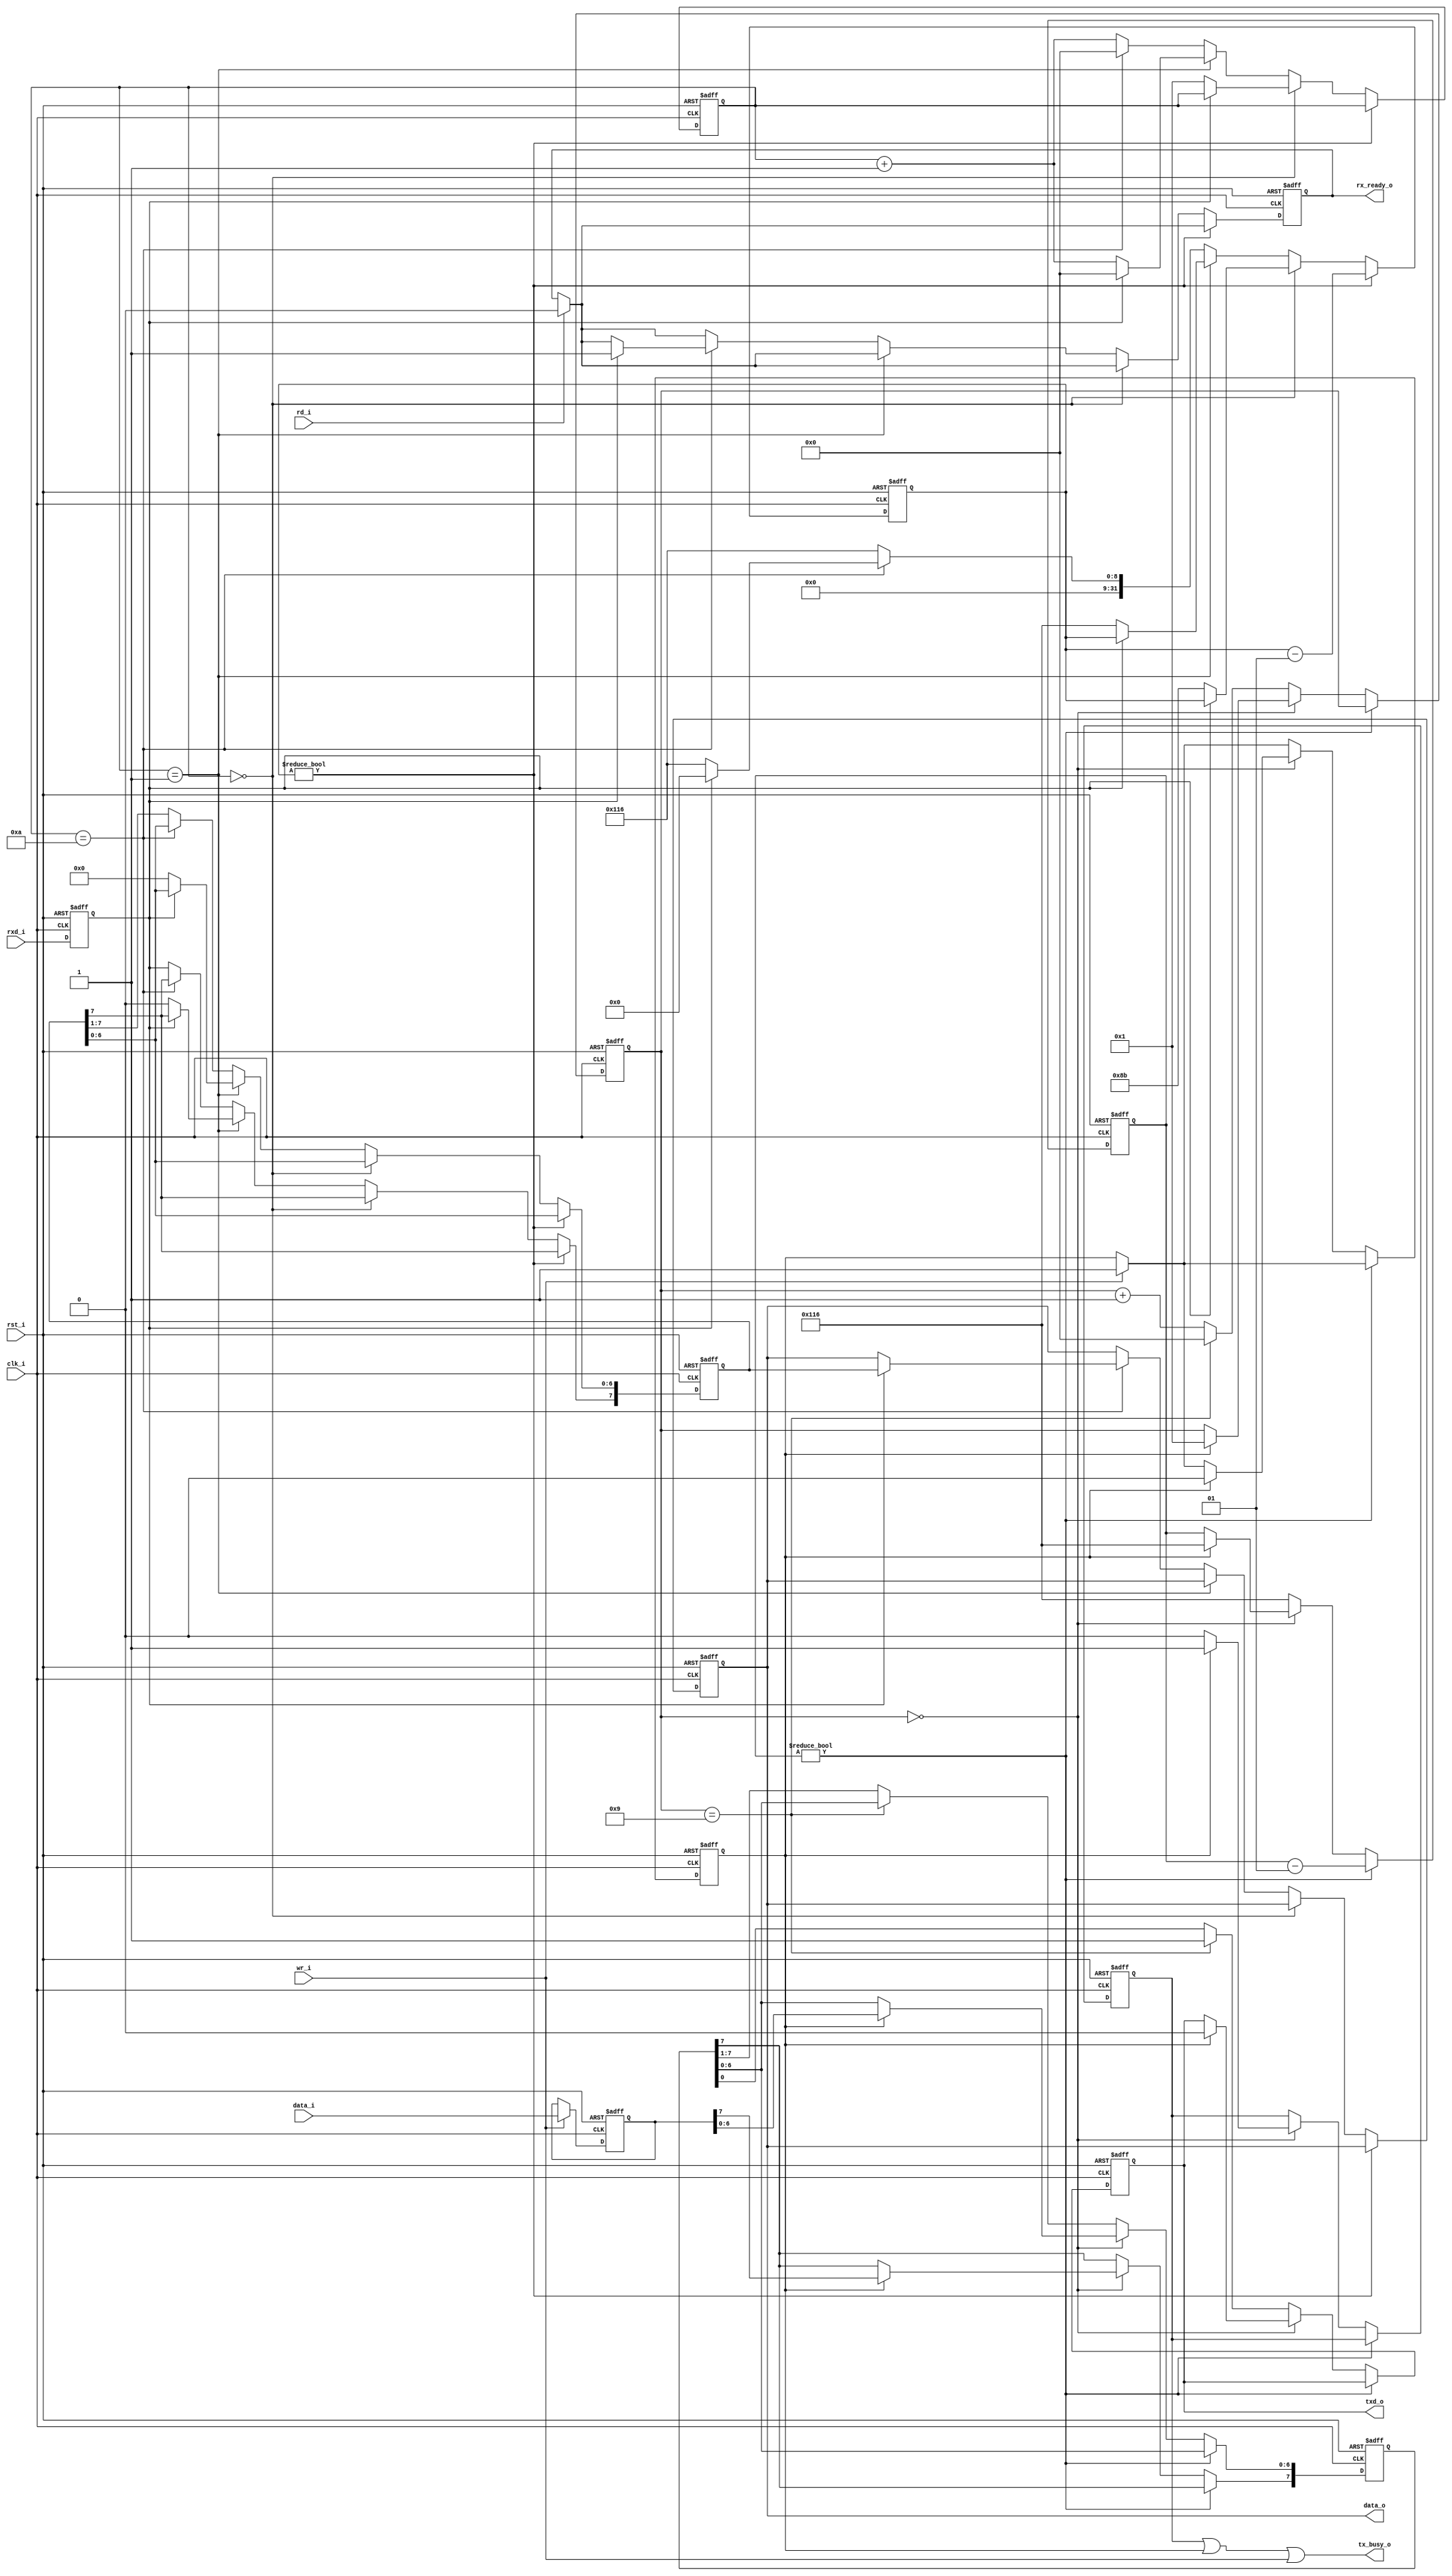
module uart 
( 
    // Clock & Reset
    clk_i, 
    rst_i,
    // Status
    tx_busy_o, 
    rx_ready_o,
    // Data
    data_i, 
    wr_i,
    data_o,
    rd_i, 
    // UART pins
    rxd_i, 
    txd_o 
);
//-----------------------------------------------------------------
// Params
//-----------------------------------------------------------------
parameter  [31:0]    UART_DIVISOR = 278;
    
//-----------------------------------------------------------------
// I/O
//-----------------------------------------------------------------      
input               clk_i /*verilator public*/;
input               rst_i /*verilator public*/;
input [7:0]         data_i /*verilator public*/;
output [7:0]        data_o /*verilator public*/;
input               wr_i /*verilator public*/;
input               rd_i /*verilator public*/;
output              tx_busy_o /*verilator public*/;
output              rx_ready_o /*verilator public*/;
input               rxd_i /*verilator public*/;
output              txd_o /*verilator public*/;

//-----------------------------------------------------------------
// Registers
//-----------------------------------------------------------------
parameter           FULL_BIT = UART_DIVISOR;
parameter           HALF_BIT = (FULL_BIT / 2);

// TX Signals
reg [7:0]           tx_buf;
reg                 tx_buf_full;
reg                 tx_busy;
reg [3:0]           tx_bits;
integer             tx_count;
reg [7:0]           tx_shift_reg;
reg                 txd_o;

// RX Signals
reg                 i_rxd;
reg [7:0]           data_o;
reg [3:0]           rx_bits;
integer             rx_count;
reg [7:0]           rx_shift_reg;
reg                 rx_ready_o;

//-----------------------------------------------------------------
// Re-sync RXD
//-----------------------------------------------------------------  
always @ (posedge rst_i or posedge clk_i )
begin 
   if (rst_i == 1'b1) 
       i_rxd <= 1'b1;
   else 
       i_rxd <= rxd_i;
end
   
//-----------------------------------------------------------------
// RX Process
//-----------------------------------------------------------------    
always @ (posedge clk_i or posedge rst_i )
begin 
   if (rst_i == 1'b1) 
   begin 
       rx_bits      <= 0;
       rx_count     <= 0;
       rx_ready_o   <= 1'b0;
       rx_shift_reg <= 8'h00;
       data_o       <= 8'h00;       
   end
   else 
   begin 
   
       // If reading data, reset data ready state
       if (rd_i == 1'b1)
           rx_ready_o <= 1'b0;
       
       // Rx bit timer
       if (rx_count != 0) 
           rx_count    <= (rx_count - 1);
       else 
       begin 
           //-------------------------------
           // Start bit detection
           //-------------------------------       
           if (rx_bits == 0)
           begin 
               // If RXD low, check again in half bit time
               if (i_rxd == 1'b0) 
               begin 
                   rx_count <= HALF_BIT;
                   rx_bits  <= 1;
               end
           end 
           //-------------------------------
           // Start bit (mid bit time point)
           //-------------------------------
           else if (rx_bits == 1)
           begin
               // RXD should still be low at mid point of bit period 
               if (i_rxd == 1'b0)
               begin 
                   rx_count     <= FULL_BIT;
                   rx_bits      <= (rx_bits + 1);
                   rx_shift_reg <= 8'h00;
               end
               // Start bit not still low, reset RX process
               else 
               begin 
                   rx_bits      <= 0;
               end
           end 
           //-------------------------------
           // Stop bit
           //-------------------------------            
           else if (rx_bits == 10) 
           begin 
               // RXD should be still high
               if (i_rxd == 1'b1) 
               begin 
                   rx_count     <= 0;
                   rx_bits      <= 0;
                   data_o       <= rx_shift_reg;
                   rx_ready_o   <= 1'b1;
               end
               // Bad Stop bit - wait for a full bit period 
               // before allowing start bit detection again
               else 
               begin 
                   rx_count     <= FULL_BIT;
                   rx_bits      <= 0;
               end
           end 
           //-------------------------------
           // Data bits
           //-------------------------------
           else 
           begin 
               // Receive data LSB first
               rx_shift_reg[7]  <= i_rxd;
               rx_shift_reg[6:0]<= rx_shift_reg[7:1];
               rx_count         <= FULL_BIT;
               rx_bits          <= (rx_bits + 1);
           end
       end 
   end
end
   
//-----------------------------------------------------------------
// TX Process
//-----------------------------------------------------------------          
always @ (posedge clk_i or posedge rst_i )
begin 
   if (rst_i == 1'b1)
   begin 
       tx_count     <= 0;
       tx_bits      <= 0;
       tx_busy      <= 1'b0;
       txd_o        <= 1'b1;
       tx_shift_reg <= 8'h00;
       tx_buf       <= 8'h00;
       tx_buf_full  <= 1'b0; 
   end
   else 
   begin    
   
       // Buffer data to transmit
       if (wr_i == 1'b1) 
       begin 
           tx_buf       <= data_i;
           tx_buf_full  <= 1'b1;
       end
          
       // Tx bit timer
       if (tx_count != 0)
           tx_count     <= (tx_count - 1);
       else 
       begin
       
           //-------------------------------
           // Start bit (TXD = L)
           //-------------------------------
           if (tx_bits == 0)
           begin

               tx_busy <= 1'b0;
               
               // Data in buffer ready to transmit?
               if (tx_buf_full == 1'b1) 
               begin 
                   tx_shift_reg <= tx_buf;
                   tx_busy      <= 1'b1;
                   txd_o        <= 1'b0;
                   tx_buf_full  <= 1'b0; 
                   tx_bits      <= 1;
                   tx_count     <= FULL_BIT;
               end
           end
           //-------------------------------
           // Stop bit (TXD = H)
           //-------------------------------
           else if (tx_bits == 9)
           begin 
               txd_o    <= 1'b1;
               tx_bits  <= 0;
               tx_count <= FULL_BIT;
           end
           //-------------------------------
           // Data bits
           //-------------------------------
           else 
           begin
               // Shift data out LSB first
               txd_o            <= tx_shift_reg[0];
               tx_shift_reg[6:0]<= tx_shift_reg[7:1];
               tx_bits          <= (tx_bits + 1);
               tx_count         <= FULL_BIT;
           end
        end 
    end 
end

//-----------------------------------------------------------------
// Combinatorial
//-----------------------------------------------------------------  
assign tx_busy_o = (tx_busy | tx_buf_full | wr_i);

endmodule